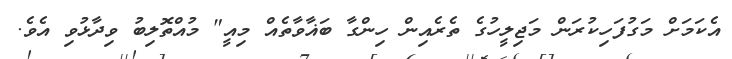
އެކަމަށް މަގުފަހިކުރަން މަޖިލީހުގެ ތެރެއިން ހިންގާ ބަޣާވާތެއް މިއީ" މުއްތޮލިބު ވިދާޅުވި އެވެ.